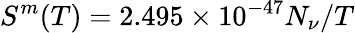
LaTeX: S^{m}(T)=2.495\times 10^{-47}N_{\nu}/T